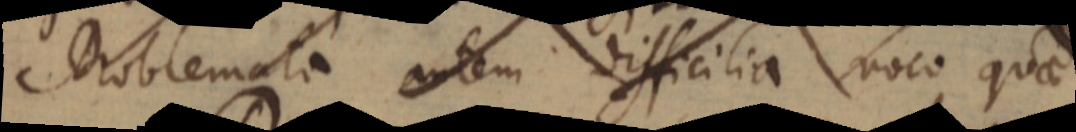
Problemata autem difficilia voco quae